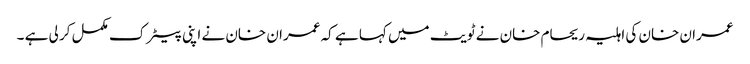
عمران خان کی اہلیہ ریحام خان نے ٹویٹ میں کہا ہے کہ عمران خان نے اپنی پیٹرک مکمل کر لی ہے ۔